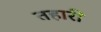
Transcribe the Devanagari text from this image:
तहारी